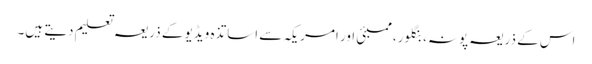
اس کے ذریعہ پونہ، بنگلور، ممبئی اور امریکہ سے اساتذہ ویڈیو کے ذریعہ تعلیم دیتے ہیں۔